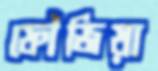
ফৌজিয়া